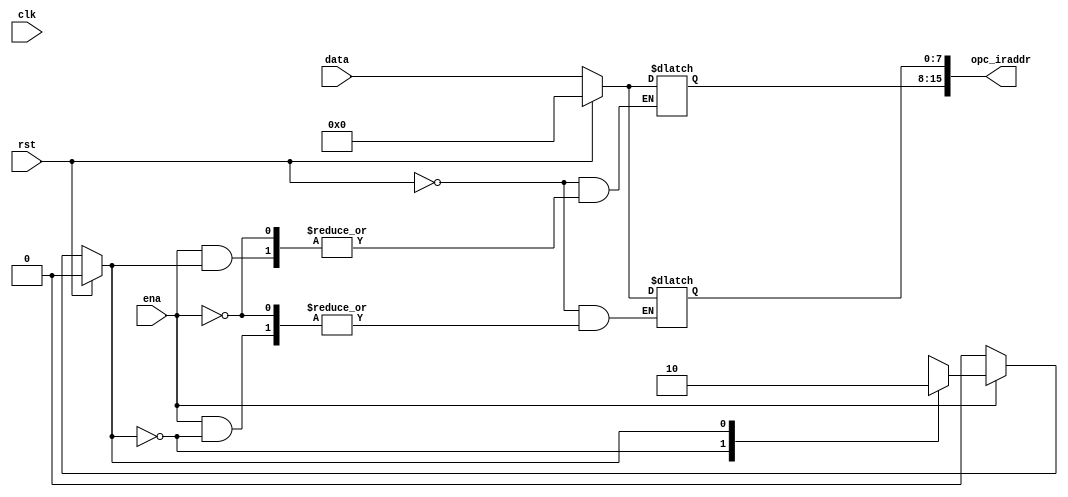
`timescale 1 ns / 1 ns
module register(opc_iraddr,data,ena,clk,rst);
output [15:0] opc_iraddr;
input [7:0] data;
input ena,clk,rst;
reg[15:0] opc_iraddr;
reg state;


always @(clk)
begin
if(rst)
begin
opc_iraddr<= 16'h0000;
state <= 0;
end
else 
  begin
    if(ena)
	 begin
	 casex(state)
	 1'b0:begin
	 opc_iraddr[15:8] <=data;
	 state <=1;
	 end
	 1'b1:begin
	 opc_iraddr[7:0] <= data;
	 state <=0;
	 end
	 default : begin
	         opc_iraddr[15:0] <= 16'hxxxx;
				state <=1'bx;
				end
	endcase 
	end
	else
	state <=1'b0;
	end
	end
	endmodule